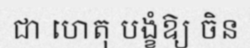
ជា ហេតុ បង្ខំឱ្យ ចិន